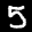
Label: 5